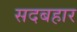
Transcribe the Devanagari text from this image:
सदबहार